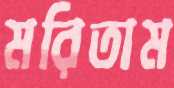
মরিতাম